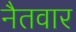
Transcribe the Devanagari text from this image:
नैतवार